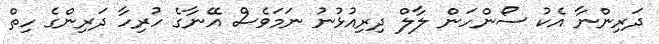
ދަރިންނާ އެކު ސޯންހަން ލާލް ދިރިއުޅުނު ނަމަވެސް އޭނާގެ ހުރިހާ ދަރިންގެ ހިތް